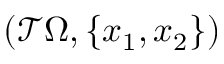
( \mathcal T \Omega , \{ x _ { 1 } , x _ { 2 } \} )